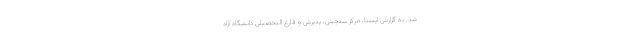
شد. به گزارش ایسنا، مرکز سنجش، پذیرش و فارغ التحصیلی دانشگاه آزاد